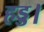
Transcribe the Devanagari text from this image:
हड्ड।